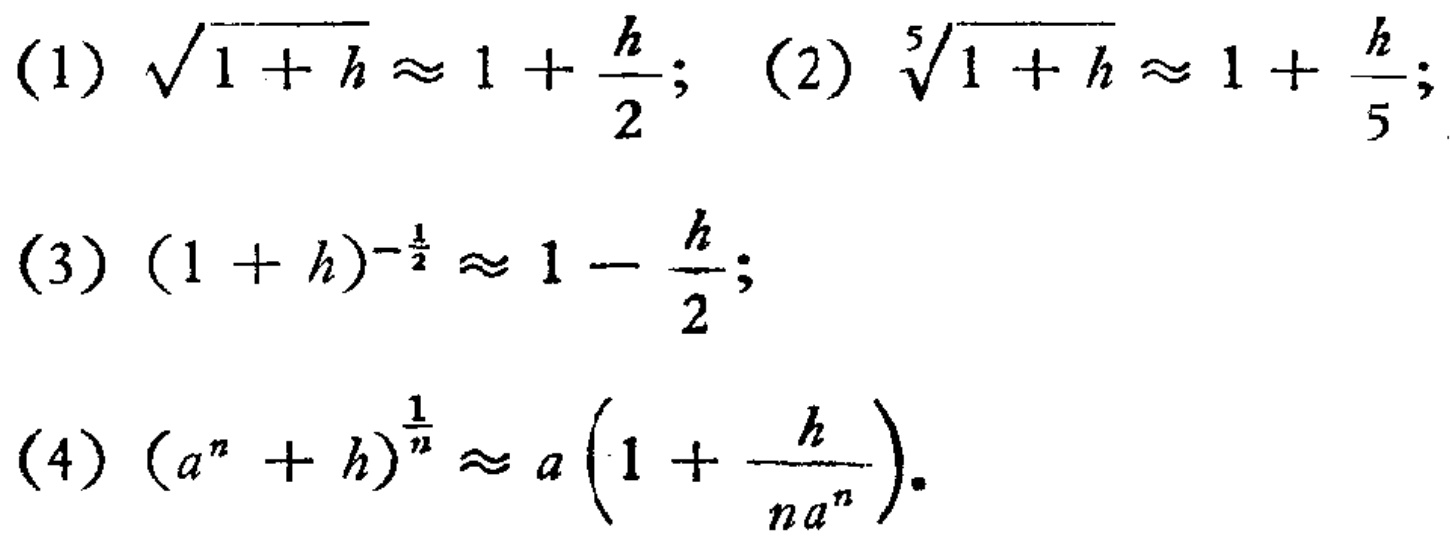
(1) $\sqrt{1 + h} \approx 1 + \frac{h}{2}$; (2) $\sqrt[5]{1 + h} \approx 1 + \frac{h}{5}$;
(3) $(1 + h)^{-\frac{1}{2}} \approx 1 - \frac{h}{2}$;
(4) $(a^{n}+h)^{\frac{1}{n}} \approx a\left(1 + \frac{h}{na^{n}}\right)$.